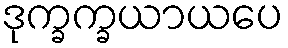
ဒုက္ခက္ခယာယပေ